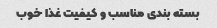
بسته بندی مناسب و کیفیت غذا خوب